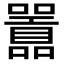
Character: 𭌪